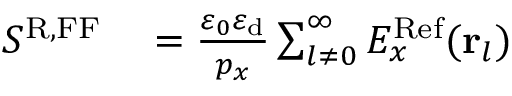
\begin{array} { r l } { S ^ { \mathrm { R , F F } } } & { { } = \frac { \varepsilon _ { 0 } \varepsilon _ { \mathrm { d } } } { p _ { x } } \sum _ { l \neq 0 } ^ { \infty } E _ { x } ^ { \mathrm { R e f } } ( { \bf r } _ { l } ) } \end{array}